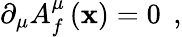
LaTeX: \partial_{\mu}A_{f}^{\mu}\left(\mathbf{x}\right)=0\; \, ,